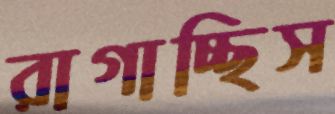
রাগাচ্ছিস